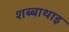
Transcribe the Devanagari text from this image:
शब्बाथाइ